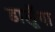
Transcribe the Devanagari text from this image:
डालूँगा